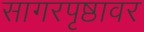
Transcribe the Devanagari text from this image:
सागरपृष्ठावर